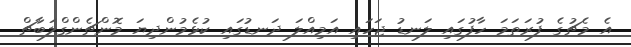
އެ މެޗުގެ ފުރަތަމަ ހާފުގައި ލަނޑު ޖަހައި އަމިއްލަ ދަނޑުގައި ކުޅެމުންދިޔަ މޮންޗެންގްލަބާޗް